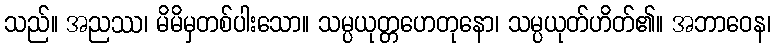
သည်။ အညဿ၊ မိမိမှတစ်ပါးသော။ သမ္ပယုတ္တဟေတုနော၊ သမ္ပယုတ်ဟိတ်၏။ အဘာဝေန၊